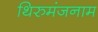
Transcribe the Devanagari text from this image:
थिरुमंजनाम